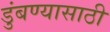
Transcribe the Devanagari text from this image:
डुंबण्यासाठी